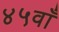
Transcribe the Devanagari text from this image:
४५वाँ